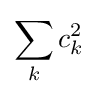
\sum _{k}c_{k}^{2}